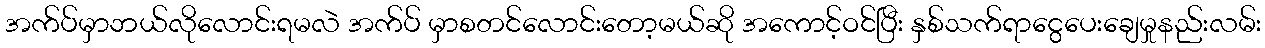
အက်ပ်မှာဘယ်လိုလောင်းရမလဲ အက်ပ် မှာစတင်လောင်းတော့မယ်ဆို အကောင့်ဝင်ပြီး နှစ်သက်ရာငွေပေးချေမှုနည်းလမ်း